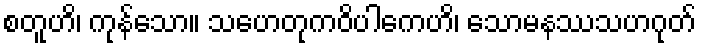
စတူဟိ၊ ကုန်သော။ သဟေတုကဝိပါကေဟိ၊ သောမနဿသဟဂုတ်